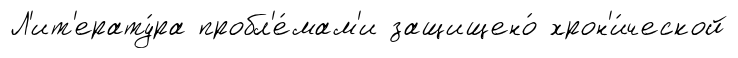
Л'ит'ерату́ра пробл'е́мам'и защищено́ хрон'и́ческой